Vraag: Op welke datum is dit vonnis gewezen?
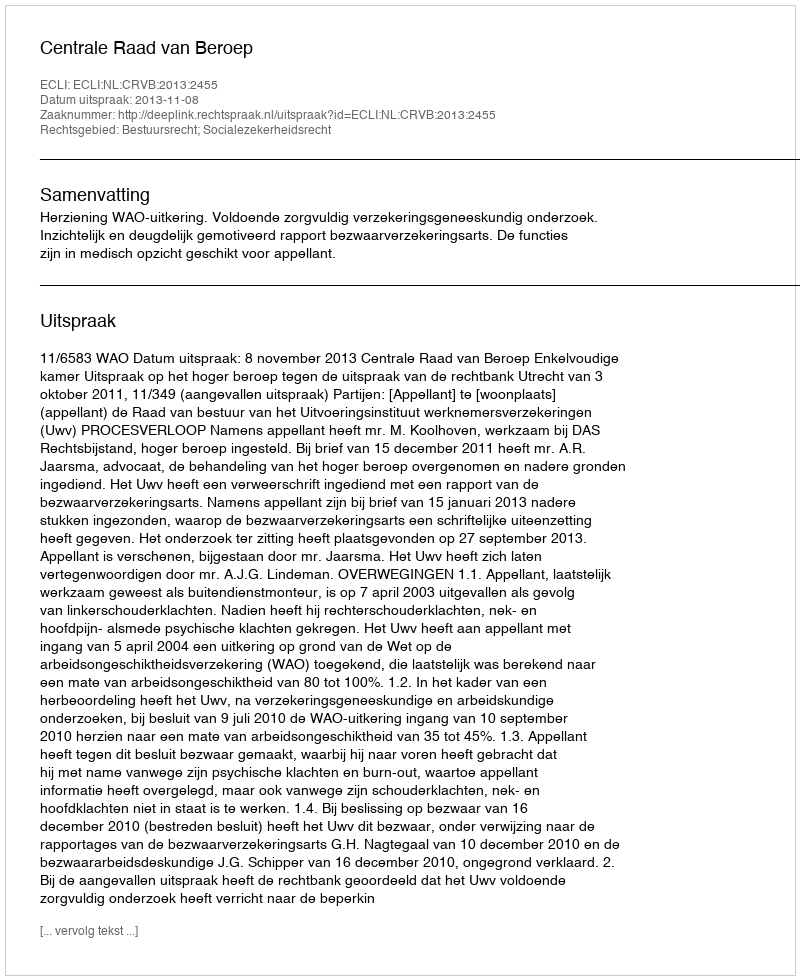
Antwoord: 2013-11-08